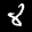
Label: 8